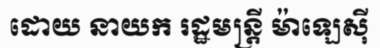
ដោយ នាយក រដ្ឋមន្ត្រី ម៉ាឡេស៊ី